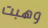
وهبت